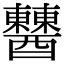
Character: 𨣹